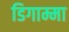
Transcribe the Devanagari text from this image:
डिगाम्मा